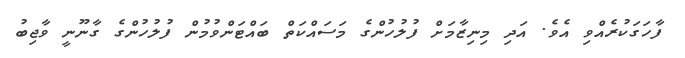
ފާހަގަކުރެއްވި އެވެ. އަދި މިނިޒާމަށް ފުލުހުންގެ މަސައްކަތް ބައްޓަންވުމުން ފުލުހުންގެ ގާނޫނީ ވާޖިބު